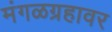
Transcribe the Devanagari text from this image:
मंगळग्रहावर